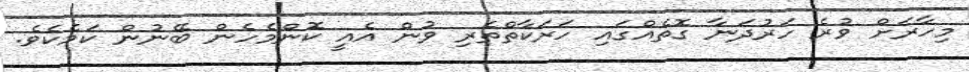
މިހާރަށް ވުރެ ހަރުދަނާ ގޮތެއްގައި ހަރަކާތްތެރި ވުން އެއީ ކޮންމެހެން ބޭނުން ކަމެކެވެ.